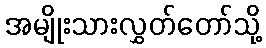
အမျိုးသားလွှတ်တော်သို့